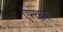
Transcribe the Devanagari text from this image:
एन्कर